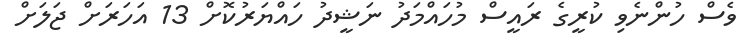
ވެސް ހުންނެވި ކުރީގެ ރައީސް މުހައްމަދު ނަޝީދު ހައްޔަރުކޮށް 13 އަހަރަށް ޖަލަށް